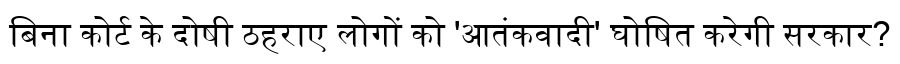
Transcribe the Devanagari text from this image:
बिना कोर्ट के दोषी ठहराए लोगों को 'आतंकवादी' घोषित करेगी सरकार?